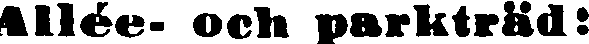
Allée- och parkträd: